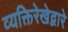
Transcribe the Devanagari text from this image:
व्यक्तिरेखेद्वारे